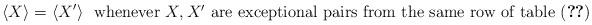
LaTeX: \begin{align*} \langle X\rangle=\langle X'\rangle \ \mbox{ whenever $X,X'$ are exceptional pairs from the same row of table \eqref{1 pairs}} \end{align*}